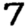
Digit: 7